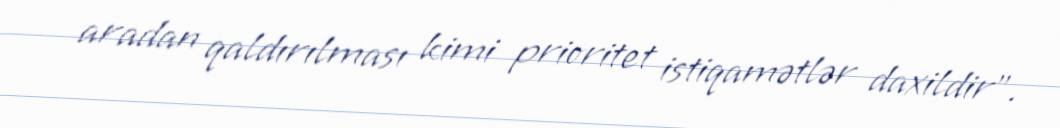
aradan qaldırılması kimi prioritet istiqamətlər daxildir”.